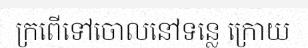
ក្រពើទៅចោលនៅទន្លេ ក្រោយ